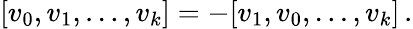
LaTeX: \begin{array}{r}{[v_{0},v_{1},\dots,v_{k}]=-[v_{1},v_{0},\dots,v_{k}]\, .}\end{array}